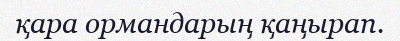
қара ормандарың қаңырап.